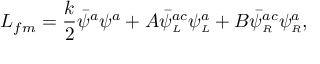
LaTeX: L _ { f m } = \frac { k } { 2 } \bar { \psi } ^ { a } \psi ^ { a } + A \bar { \psi } _ { \scriptscriptstyle L } ^ { a c } \psi _ { \scriptscriptstyle L } ^ { a } + B \bar { \psi } _ { \scriptscriptstyle R } ^ { a c } \psi _ { \scriptscriptstyle R } ^ { a } ,